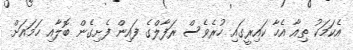
އެކަމަކު ތިއާ އެހާ ކައިރީގައި ހުރެވެސް ރަފާލްގެ ފައިން ފެށިގެން ބޮލާއި ހަމައަށް